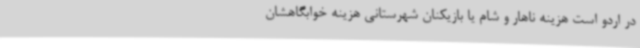
در اردو است هزینه ناهار و شام یا بازیکنان شهرستانی هزینه خوابگاهشان